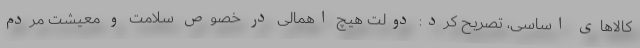
کالاهای اساسی، تصریح کرد: دولت هیچ اهمالی در خصوص سلامت و معیشت مردم